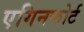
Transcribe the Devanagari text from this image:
एगिनकोर्ट